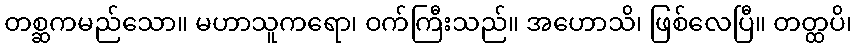
တစ္ဆကမည်သော။ မဟာသူကရော၊ ဝက်ကြီးသည်။ အဟောသိ၊ ဖြစ်လေပြီ။ တတ္ထပိ၊